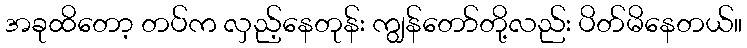
အခုထိတော့ တပ်က လှည့်နေတုန်း ကျွန်တော်တို့လည်း ပိတ်မိနေတယ်။